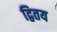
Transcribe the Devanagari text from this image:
द्वितय